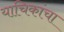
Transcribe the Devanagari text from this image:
याचिकांचा